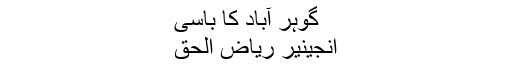
گوہر آباد کا باسی
انجينیر رياض الحق